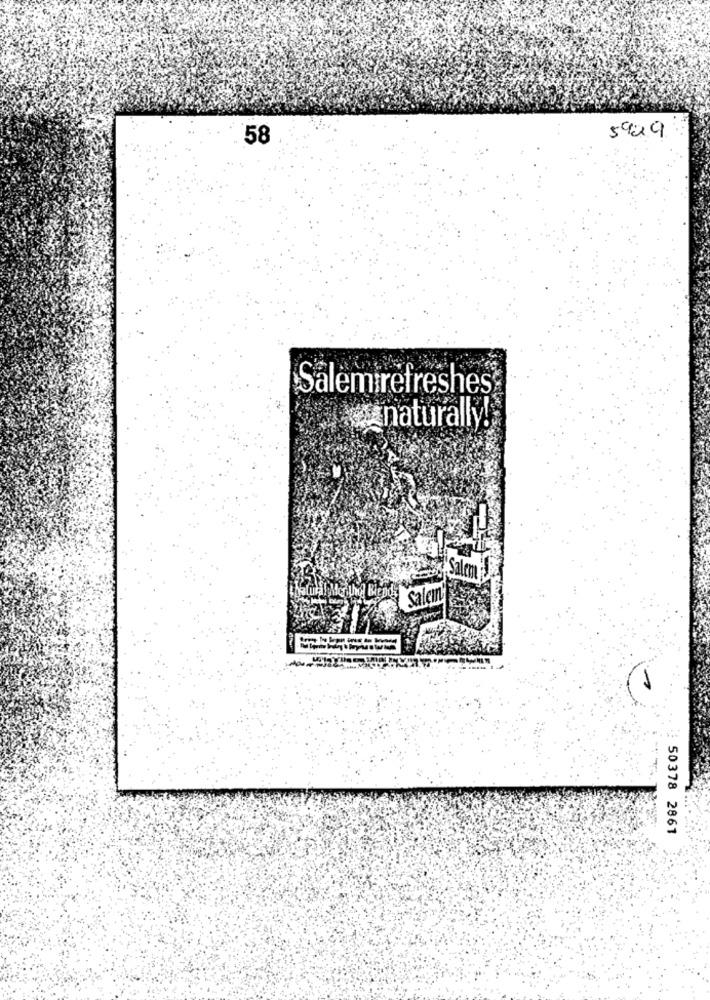
58
5929
Salemirefreshes
naturally!
Salem
Salen
50378 2861